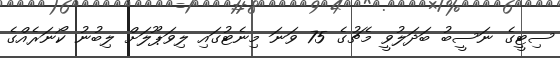
ސިޓީގެ ނަސީބު ބަދަލުވީ މެޗުގެ 75 ވަނަ މިނެޓުގައި ލިވަޕޫލަށް ލިބުނު ކޯނަރެއްގެ